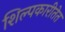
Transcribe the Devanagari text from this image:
शिल्पकारीतेत